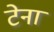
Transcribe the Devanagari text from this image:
टेना